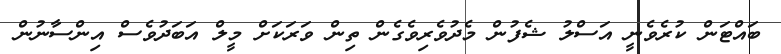
ބައްޓަން ކުރެވެނީ އަސްލު ޝެފުން މެދުވެރިވެގެން ތިން ވަރަކަށް މީލް އަބަދުވެސް އިންސާނުން